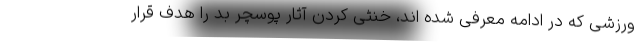
ورزشی که در ادامه معرفی شده اند، خنثی کردن آثار پوسچر بد را هدف قرار